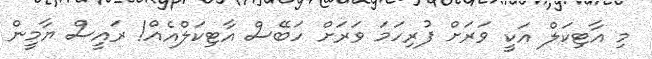
މި އާޓިކަލް އަކީ ވަރަށް ފުރިހަމަ ވަރަށް ހަބޭސް އާޓިކަލްއެއް! ރައީސް ޔާމީން